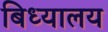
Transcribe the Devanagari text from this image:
बिध्यालय